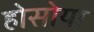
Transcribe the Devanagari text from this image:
होसोया